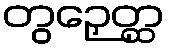
တွဉှေတ္ထ